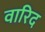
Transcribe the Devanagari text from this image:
वारिद